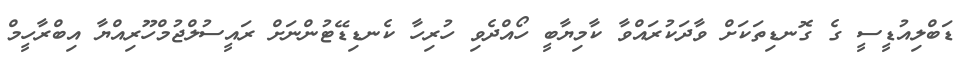
ޑަބްލިއުޑީސީ ގެ ގޮނޑިތަކަށް ވާދަކުރައްވާ ކާމިޔާބީ ހޯއްދެވި ހުރިހާ ކެނޑިޑޭޓުންނަށް ރައީސުލްޖުމްހޫރިއްޔާ އިބްރާހީމް